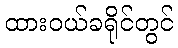
ထားဝယ်ခရိုင်တွင်